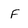
Character: F